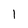
Character: l